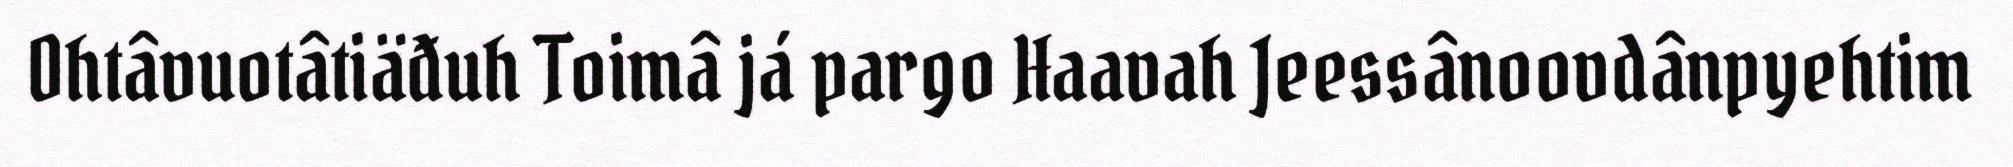
Ohtâvuotâtiäđuh Toimâ já pargo Haavah Jeessânoovdânpyehtim